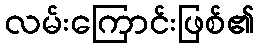
လမ်းကြောင်းဖြစ်၏